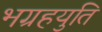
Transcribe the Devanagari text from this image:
भग्रहयुति